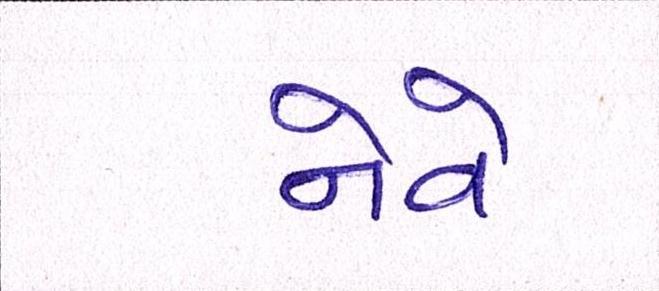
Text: નેવે